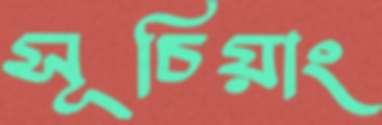
সূচিয়াং